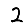
Digit: 2